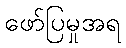
ဖော်ပြမှုအရ